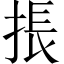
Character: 掁